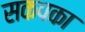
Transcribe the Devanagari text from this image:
सकपका